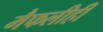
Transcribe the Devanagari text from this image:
मैफलीही